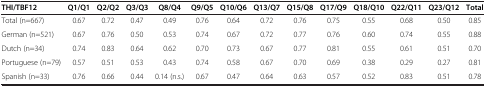
<table><thead><tr><td><b>THI/TBF12</b></td><td><b>Q1/Q1</b></td><td><b>Q2/Q2</b></td><td><b>Q3/Q3</b></td><td><b>Q8/Q4</b></td><td><b>Q9/Q5</b></td><td><b>Q10/Q6</b></td><td><b>Q13/Q7</b></td><td><b>Q15/Q8</b></td><td><b>Q17/Q9</b></td><td><b>Q18/Q10</b></td><td><b>Q22/Q11</b></td><td><b>Q23/Q12</b></td><td><b>Total</b></td></tr></thead><tbody><tr><td>Total (n=667)</td><td>0.67</td><td>0.72</td><td>0.47</td><td>0.49</td><td>0.76</td><td>0.64</td><td>0.72</td><td>0.76</td><td>0.75</td><td>0.55</td><td>0.68</td><td>0.50</td><td>0.85</td></tr><tr><td>German (n=521)</td><td>0.67</td><td>0.76</td><td>0.50</td><td>0.53</td><td>0.74</td><td>0.67</td><td>0.72</td><td>0.77</td><td>0.76</td><td>0.60</td><td>0.74</td><td>0.55</td><td>0.88</td></tr><tr><td>Dutch (n=34)</td><td>0.74</td><td>0.83</td><td>0.64</td><td>0.62</td><td>0.70</td><td>0.73</td><td>0.67</td><td>0.77</td><td>0.81</td><td>0.55</td><td>0.61</td><td>0.51</td><td>0.70</td></tr><tr><td>Portuguese (n=79)</td><td>0.57</td><td>0.51</td><td>0.53</td><td>0.43</td><td>0.74</td><td>0.58</td><td>0.67</td><td>0.70</td><td>0.69</td><td>0.38</td><td>0.29</td><td>0.27</td><td>0.81</td></tr><tr><td>Spanish (n=33)</td><td>0.76</td><td>0.66</td><td>0.44</td><td>0.14 (n.s.)</td><td>0.67</td><td>0.47</td><td>0.64</td><td>0.63</td><td>0.57</td><td>0.52</td><td>0.83</td><td>0.51</td><td>0.78</td></tr></tbody></table>